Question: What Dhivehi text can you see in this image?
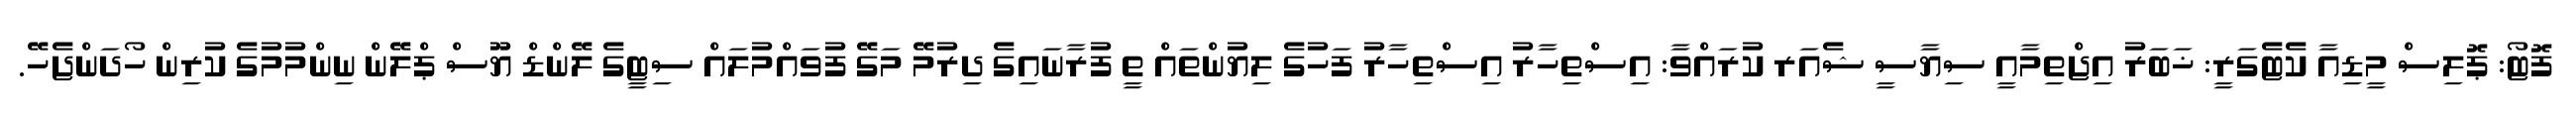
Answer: ފޮޓޯ: ޕޮލިސް މީޑިއާ ކެޓެގަރީ: ޚަބަރު އިޖްތިމާއީ ސިޔާސީ ޝެއަރ ކުރައްވާ: އިސްތިހާރު އިސްތިހާރު ފަހުގެ ލިޔުންތައް ތީ ފުރާނައިގެ ދިރުމޭ މަގޭ ފުވައްމުލައް ސިޓީގެ ލޭންޑް ޔޫސް ޕްލޭން ނިންމުމުގެ ކުރިން ހޯދަންޖެހޭ.